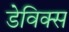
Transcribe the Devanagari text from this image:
डेविक्स